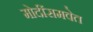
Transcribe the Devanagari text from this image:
मोदींसमवेत